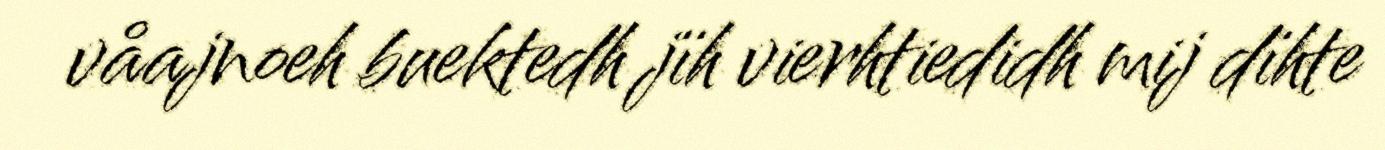
våajnoeh buektedh jïh vierhtiedidh mij dïhte